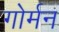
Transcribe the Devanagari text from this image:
गोर्मन